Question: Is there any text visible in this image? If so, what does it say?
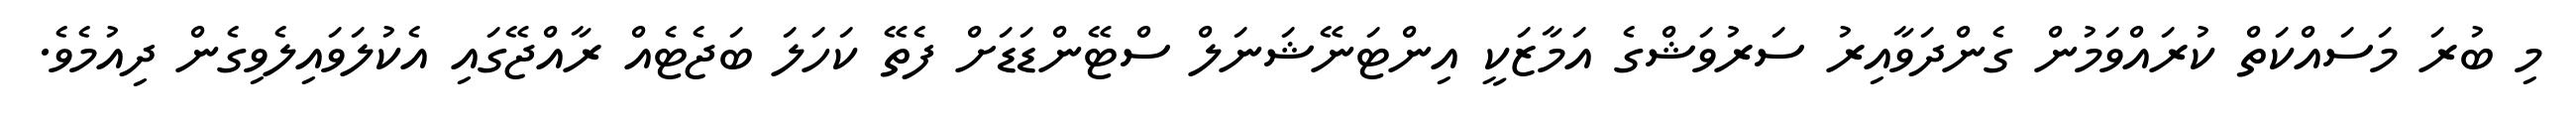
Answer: މި ބުރަ މަސައްކަތް ކުރައްވަމުން ގެންދަވާއިރު ސަރުވަޝްގެ އަމާޒަކީ އިންޓަނޭޝަނަލް ސްޓޭންޑަޑަށް ފެތޭ ކަހަލަ ބަޖެޓެއް ރާއްޖޭގައި އެކުލަވައިލެވިގެން ދިއުމެވެ.